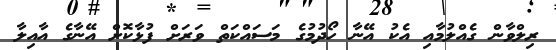
ރިލްވާން ގެއްލުމާއި އެކު އޭނާ ހޯދުމުގެ މަސައްކަތް ވަރަށް ފުޅާކޮށް އޭނާގެ އާއިލާ